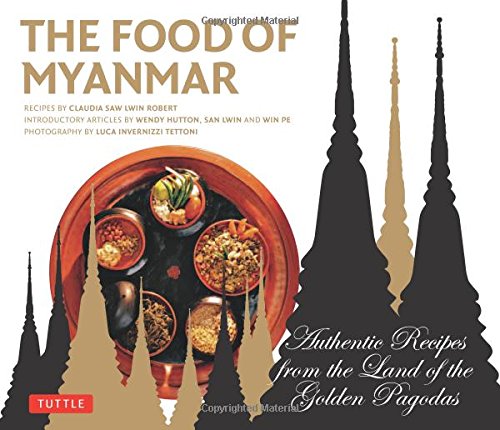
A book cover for The Food of Myanmar: Authentic Recipes from the Land of the Golden Pagodas; Claudia Saw Lwin Robert; Cookbooks, Food & Wine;